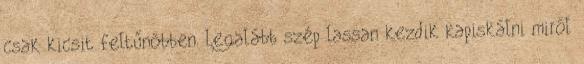
csak kicsit feltűnőbben. Legalább szép lassan kezdik kapiskálni miről